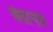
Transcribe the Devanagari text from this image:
संतानात